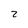
Character: 2